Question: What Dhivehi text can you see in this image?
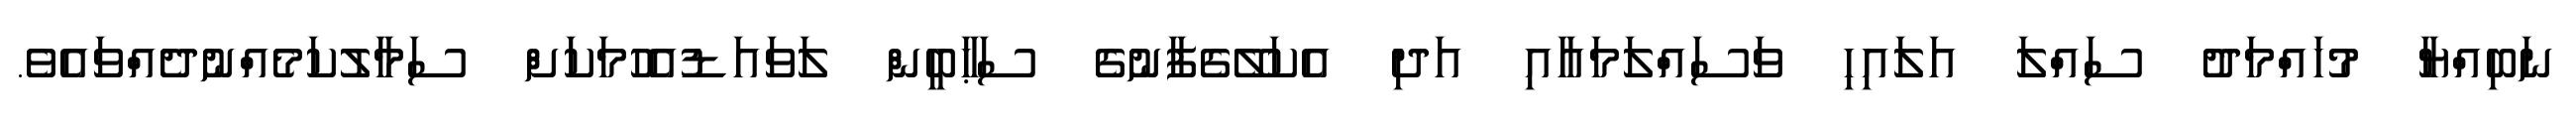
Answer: ނަބިއްޔާ މުހައްމަދު ސައްލަ އަލައިހި ވަސައްލަމައާއި އަދި އެކަލޭގެފާނުގެ ސަޙާބީން ލަވައަޑުއެހުމަކަށް ސަމާލުކަމެއްނުދެއްވައެވެ.